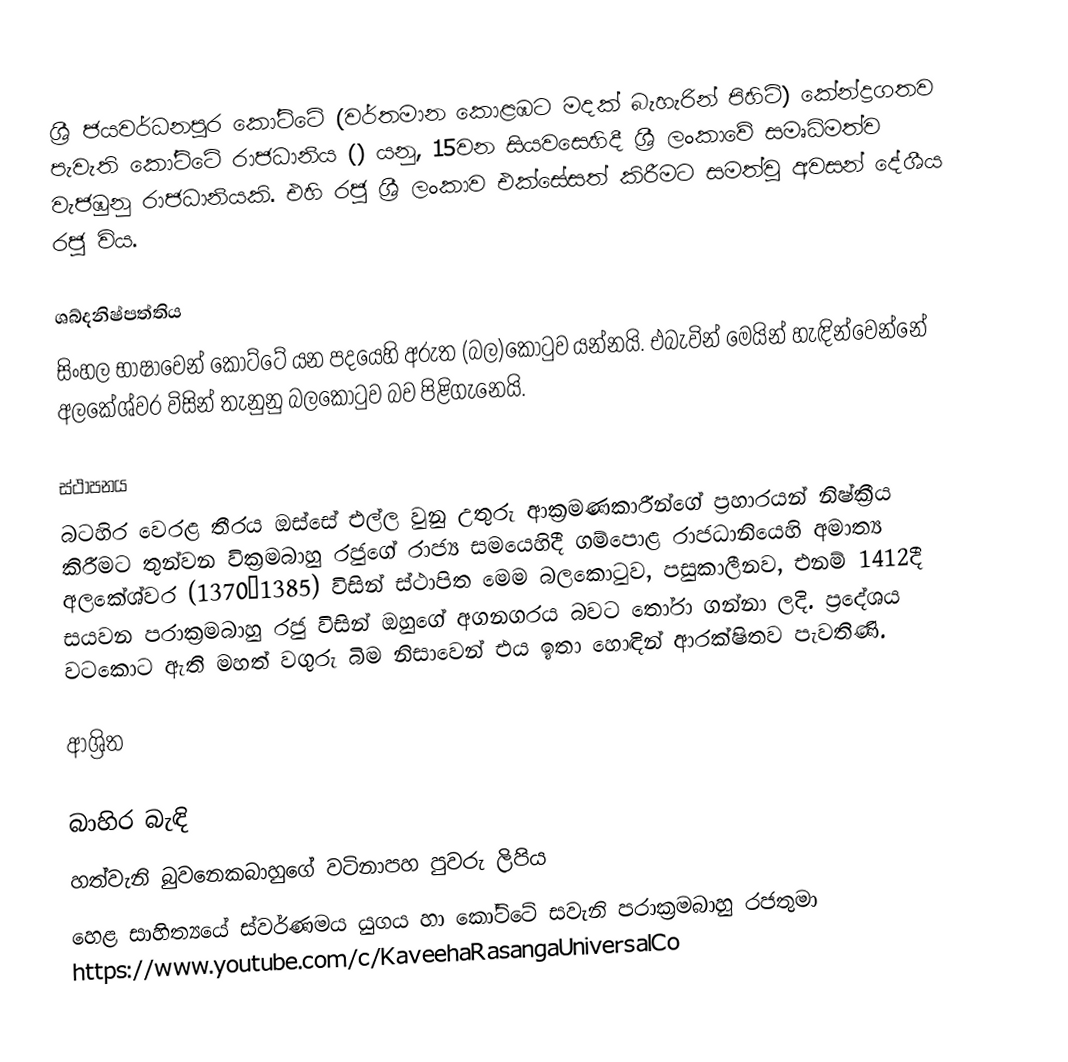
ශ්‍රී ජයවර්ධනපුර කෝට්ටේ (වර්තමාන කොළඹට මදක් බැහැරින් පිහිටි) කේන්ද්‍රගතව පැවැති කෝට්ටේ රාජධානිය () යනු, 15වන සියවසෙහිදී ශ්‍රී ලංකාවේ සමෘධිමත්ව වැජඹුනු රාජධානියකි. එහි රජු ශ්‍රී ලංකාව එක්සේසත් කිරීමට සමත්වූ අවසන් දේශීය රජු විය.

ශබ්දනිෂ්පත්තිය
සිංහල භාෂාවෙන් කෝට්ටේ යන පදයෙහි අරුත (බල)කොටුව යන්නයි. එබැවින් මෙයින් හැඳින්වෙන්නේ අලකේශ්වර විසින් තැනුනු බලකොටුව බව පිළිගැනෙයි.

ස්ථාපනය
බටහිර වෙරළ තීරය ඔස්සේ එල්ල වුනු උතුරු ආක්‍රමණකාරීන්ගේ ප්‍රහාරයන් නිෂ්ක්‍රීය කිරීමට තුන්වන වික්‍රමබාහු රජුගේ රාජ්‍ය සමයෙහිදී ගම්පොළ රාජධානියෙහි අමාත්‍ය අලකේශ්වර (1370–1385) විසින් ස්ථාපිත මෙම බලකොටුව, පසුකාලීනව, එනම් 1412දී සයවන පරාක්‍රමබාහු රජු විසින්  ඔහුගේ අගනගරය බවට තෝරා ගන්නා ලදි. ප්‍රදේශය වටකොට ඇති මහත් වගුරු බිම නිසාවෙන් එය ඉතා හොඳින් ආරක්ෂිතව පැවතිණි.

ආශ්‍රිත

බාහිර බැඳි
 හත්වැනි බුවනෙකබාහුගේ වටිනාපහ පුවරු ලිපිය
 හෙළ සාහිත්‍යයේ ස්‌වර්ණමය යුගය හා කෝට්‌ටේ සවැනි පරාක්‍රමබාහු රජතුමා https://www.youtube.com/c/KaveehaRasangaUniversalCo